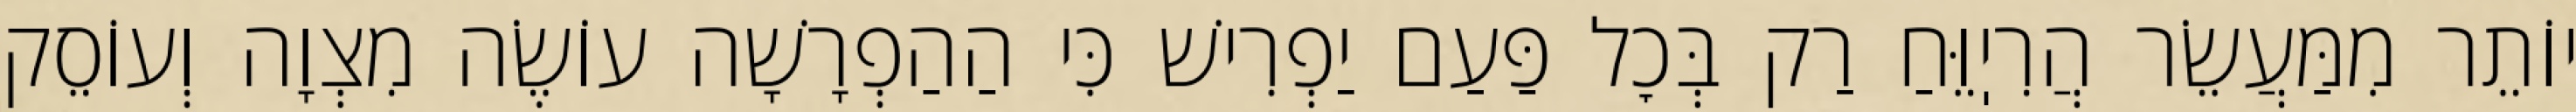
יוֹתֵר מִמַּעֲשֵׂר הֲרִיֽוֵּחַ רַק בְּכׇל פַּעַם יַפְרִישׁ כִּי הַהַפְרָשָׁה עוֹשֶׂה מִצְוָה וְעוֹסֵק